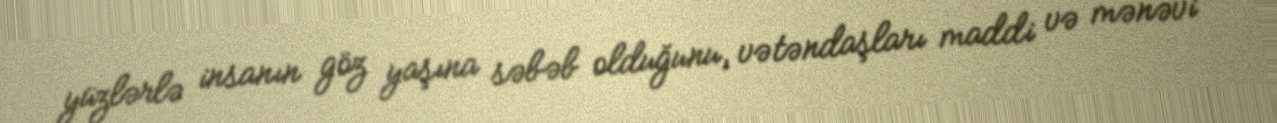
yüzlərlə insanın göz yaşına səbəb olduğunu, vətəndaşları maddi və mənəvi